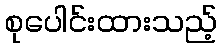
စုပေါင်းထားသည့်